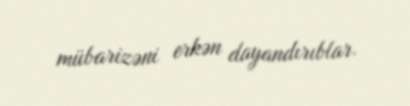
mübarizəni erkən dayandırıblar.